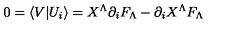
0 = \langle V \vert U _ { i } \rangle = X ^ { \Lambda } \partial _ { i } F _ { \Lambda } - \partial _ { i } X ^ { \Lambda } F _ { \Lambda }